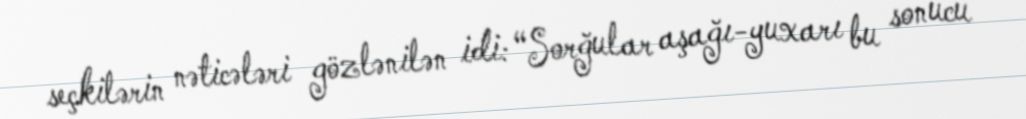
seçkilərin nəticələri gözlənilən idi: “Sorğular aşağı-yuxarı bu sonucu